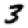
Digit: 3